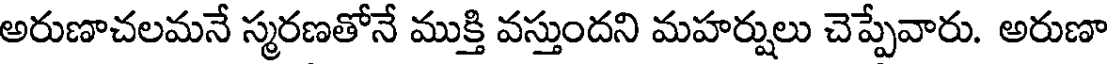
అరుణాచలమనే స్మరణతోనే ముక్తి వస్తుందని మహర్షులు చెప్పేవారు. అరుణా